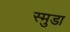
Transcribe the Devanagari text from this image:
स्मुडा